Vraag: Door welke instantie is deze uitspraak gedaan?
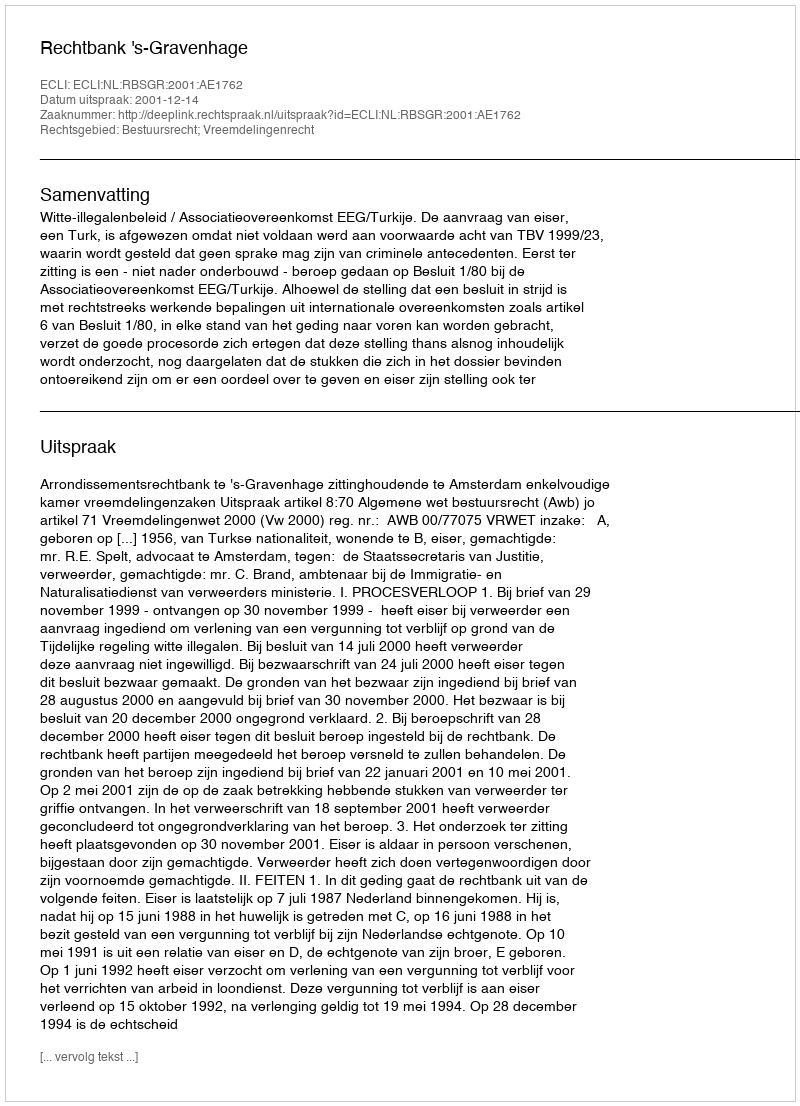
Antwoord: Rechtbank 's-Gravenhage